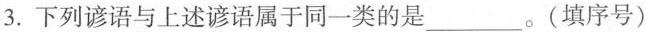
3. 下列谚语与上述谚语属于同一类的是___。(填序号)